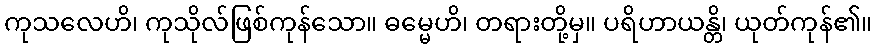
ကုသလေဟိ၊ ကုသိုလ်ဖြစ်ကုန်သော။ ဓမ္မေဟိ၊ တရားတို့မှ။ ပရိဟာယန္တိ၊ ယုတ်ကုန်၏။